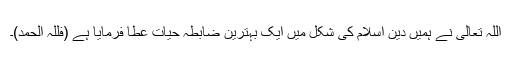
اللہ تعالیٰ نے ہمیں دینِ اسلام کی شکل میں ایک بہترین ضابطہ حیات عطا فرمایا ہے (فللّٰہ الحمد)۔